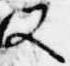
又